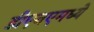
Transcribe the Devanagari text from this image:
डीएनएमध्ये